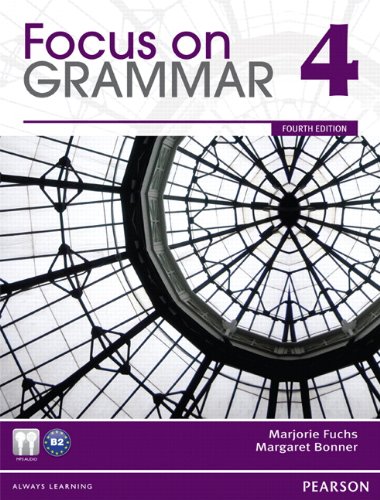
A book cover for Focus on Grammar 4 (4th Edition); Marjorie Fuchs; Reference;